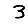
Digit: 3